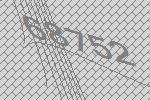
68752